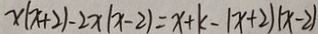
x ( x + 2 ) - 2 x ( x - 2 ) = x + k - ( x + 2 ) ( x - 2 )